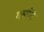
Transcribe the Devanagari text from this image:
गहणि